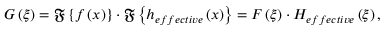
G \left( \xi \right) = \mathfrak { F } \left\{ f \left( x \right) \right\} \cdot \mathfrak { F } \left\{ h _ { e f f e c t i v e } \left( x \right) \right\} = F \left( \xi \right) \cdot H _ { e f f e c t i v e } \left( \xi \right) ,